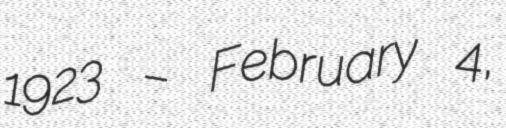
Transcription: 1923 – February 4,